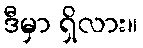
ဒီမှာ ရှိလား။